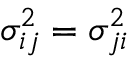
\sigma _ { i j } ^ { 2 } = \sigma _ { j i } ^ { 2 }